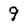
Character: 9